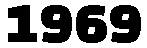
1969